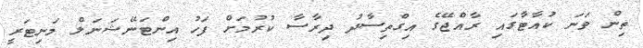
ތިން ވަނަ ކުއާޓާގައި ރާއްޖޭގެ އިގްތިސާދު ދިރާސާ ކުރުމަށް ފަހު އިންޓަނޭޝަނަލް މަނިޓަރީ